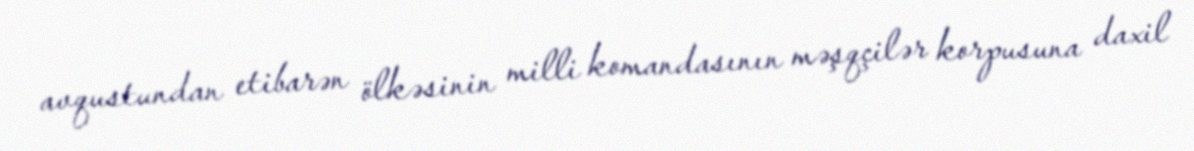
avqustundan etibarən ölkəsinin milli komandasının məşqçilər korpusuna daxil